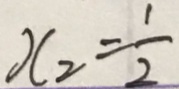
x _ { 2 } = \frac { 1 } { 2 }